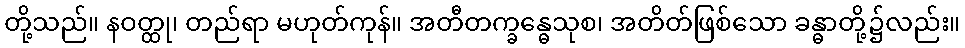
တို့သည်။ နဝတ္ထု၊ တည်ရာ မဟုတ်ကုန်။ အတီတက္ခန္ဓေသုစ၊ အတိတ်ဖြစ်သော ခန္ဓာတို့၌လည်း။